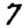
Digit: 7